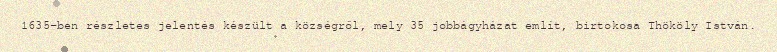
1635-ben részletes jelentés készült a községről, mely 35 jobbágyházat említ, birtokosa Thököly István.